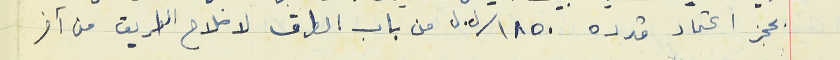
بحجز اعتماد قدره ١٨٥٠/ ل.ل من باب الطرق لاصلاح الطريق من آخر